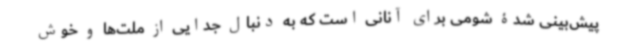
پیش‌بینی شدۀ شومی برای آنانی است که به دنبال جدایی از ملت‌ها و خوش